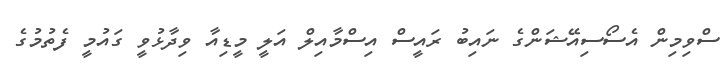
ސްވިމިން އެސޯސިއޭޝަންގެ ނައިބު ރައީސް އިސްމާއިލް އަލީ މީޑިއާ ވިދާޅުވީ ގައުމީ ފެތުމުގެ